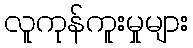
လူကုန်ကူးမှုများ